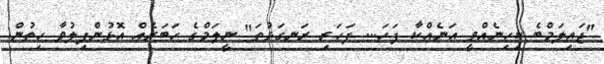
"ޖައިލަމްބެ ކިހިނެއްވީ އަނެއްކާ ފަހަ... ފަހަރި ރަނގަޅުތަ" ނީލަމްގެ ހަބަރެއް އޮޅުންފިލުވާ ހިތުން